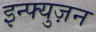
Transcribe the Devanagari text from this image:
इन्फ्युज़न